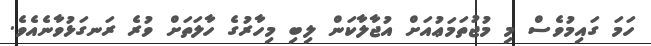
ހަމަ ގައިމުވެސް މި މުޖުތަމަޢުއަށް އުޖާލާކަން ލިބި މިހާރުގެ ހާލަތަށް ވުރެ ރަނގަޅުވާނެއެވެ.